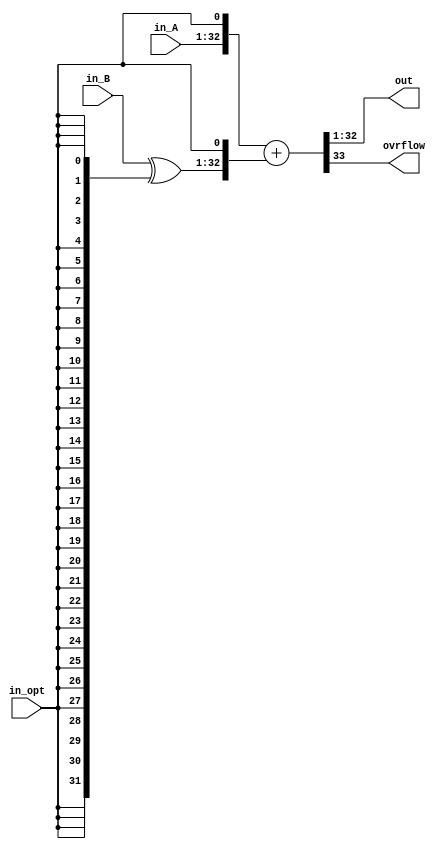
`timescale 1ns/1ps
module add_sub #(parameter WIDTH = 32) (
  input [WIDTH-1:0] in_A,
  input [WIDTH-1:0] in_B,
  input in_opt,
  output reg[WIDTH-1:0] out, // code take from Vadim Kharcuk
  output reg ovrflow);
    
wire [WIDTH-1:0] supplelementary;
reg [WIDTH+1:0] temp;

assign supplelementary = in_B ^ {WIDTH{in_opt}};


always @* begin
    temp = {in_A, in_opt} + {supplelementary, in_opt};
	 {ovrflow, out} = temp[WIDTH+1:1];
end

endmodule